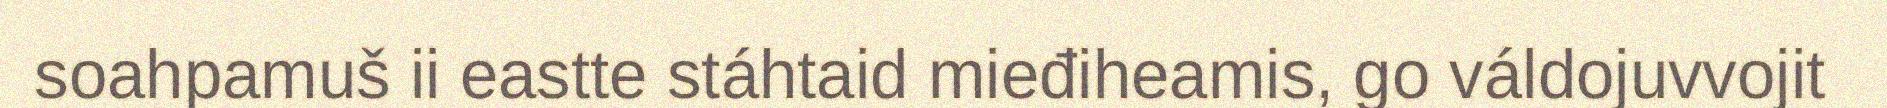
soahpamuš ii eastte stáhtaid mieđiheamis, go váldojuvvojit